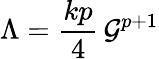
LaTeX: \Lambda=\frac{kp}{4}\, {\cal G}^{p+1}